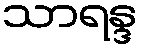
သာရန္ဒ